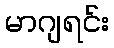
မာဂျရင်း